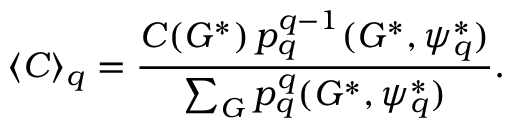
\langle C \rangle _ { q } = \frac { C ( G ^ { * } ) \, p _ { q } ^ { q - 1 } ( G ^ { * } , \psi _ { q } ^ { * } ) } { \sum _ { G } p _ { q } ^ { q } ( G ^ { * } , \psi _ { q } ^ { * } ) } .